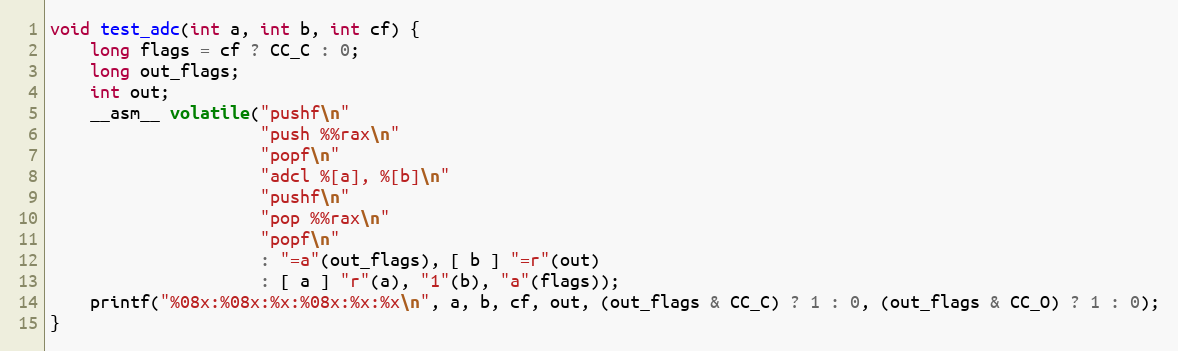
Language: C
void test_adc(int a, int b, int cf) {
    long flags = cf ? CC_C : 0;
    long out_flags;
    int out;
    __asm__ volatile("pushf\n"
                     "push %%rax\n"
                     "popf\n"
                     "adcl %[a], %[b]\n"
                     "pushf\n"
                     "pop %%rax\n"
                     "popf\n"
                     : "=a"(out_flags), [ b ] "=r"(out)
                     : [ a ] "r"(a), "1"(b), "a"(flags));
    printf("%08x:%08x:%x:%08x:%x:%x\n", a, b, cf, out, (out_flags & CC_C) ? 1 : 0, (out_flags & CC_O) ? 1 : 0);
}